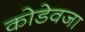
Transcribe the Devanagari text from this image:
कोडेवजा